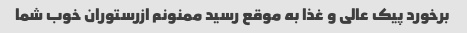
برخورد پیک عالی و غذا به موقع رسید ممنونم ازرستوران خوب شما